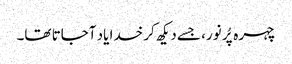
چہرہ پُر نور، جسے دیکھ کر خدا یاد آجاتا تھا۔